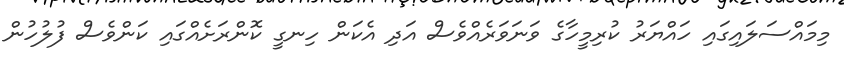
މިމައްސަލައިގައި ހައްޔަރު ކުރިމީހާގެ ވަނަވަރެއްވެސް އަދި އެކަން ހިނގީ ކޮންރަށެއްގައި ކަންވެސް ފުލުުހުން